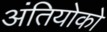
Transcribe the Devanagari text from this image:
अंतियोको